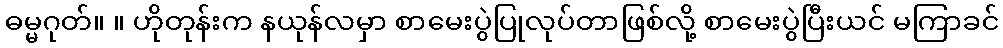
ဓမ္မဂုတ်။ ။ ဟိုတုန်းက နယုန်လမှာ စာမေးပွဲပြုလုပ်တာဖြစ်လို့ စာမေးပွဲပြီးယင် မကြာခင်